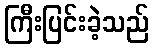
ကြီးပြင်းခဲ့သည်